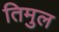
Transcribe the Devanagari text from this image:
तिमुल